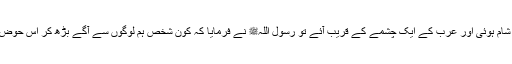
سیدنا جابرؓ نے کہا کہ ہم رسول اللہﷺ کے ساتھ چلے ، جب شام ہوئی اور عرب کے ایک چشمے کے قریب آئے تو رسول اللہﷺ نے فرمایا کہ کون شخص ہم لوگوں سے آگے بڑھ کر اس حوض کو درست کرے گا، خود بھی پیئے اور ہم کو بھی پلائے ؟